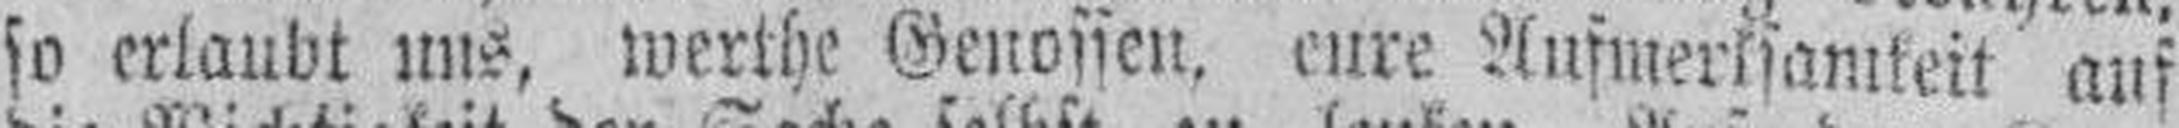
so erlaubt uns, werthe Genossen, eure Aufmerksamkeit auf